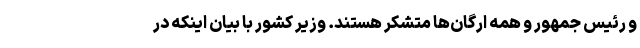
و رئیس جمهور و همه ارگان‌ها متشکر هستند. وزیر کشور با بیان اینکه در